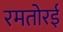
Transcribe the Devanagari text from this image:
रमतोरई